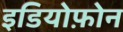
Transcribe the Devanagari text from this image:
इडियोफ़ोन